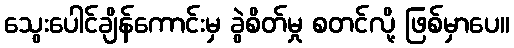
သွေးပေါင်ချိန်ကောင်းမှ ခွဲစိတ်မှု စတင်လို့ ဖြစ်မှာပေ။